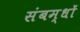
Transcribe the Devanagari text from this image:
संबम्धों